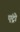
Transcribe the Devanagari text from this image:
एंट्रो